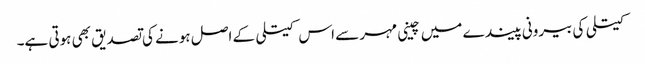
کیتلی کی بیرونی پیندے میں چینی مہر سے اس کیتلی کے اصل ہونے کی تصدیق بھی ہوتی ہے۔